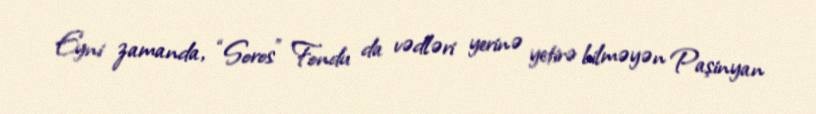
Eyni zamanda, “Soros” Fondu da vədləri yerinə yetirə bilməyən Paşinyan